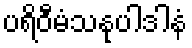
ပရိဝီမံသနုပါဒါနံ